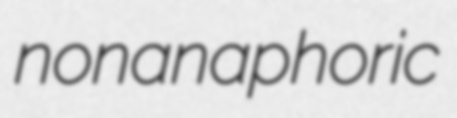
nonanaphoric